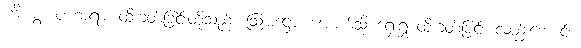
ဟိ၊ စွ။ ပဟာရာ၊ ထိုးခတ်ခြင်းတို့သည်။ ဩမဋ္ဌော၊ အောက်သို့ ရှေးရှု ထိုးခတ်ခြင်း လည်းကောင်း။